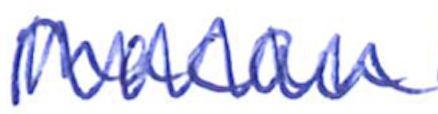
Text: Macau
Cross-out: zig-zag
Writing tool: ballpoint